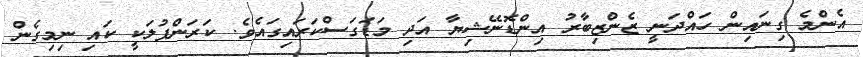
އެންމެ ގިނައިން ހައްދަނީ ޒެންޒިބާރު އިންޑޮނޭޝިޔާ އަދި މަޑަގަސްކަރައިގައެވެ. ކަރަންފުލަކީ ކައި ނިމިގެން